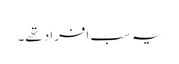
یہ سب افراد تھے۔